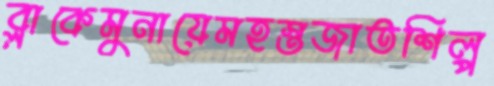
ব্লাকেমুনায়েমহস্তজাতশিল্প